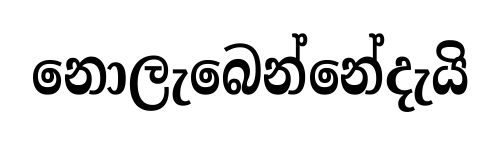
නොලැබෙන්නේදැයි